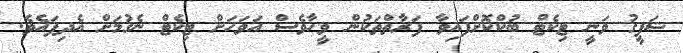
ޝަފީގު ވަނީ ޓިކެޓް ބުކްކޮށްފައިވާ ފަރާތްތަކުން ވީހާވެސް އަވަހަށް ޓިކެޓް ނެގުމަށް އެދިފައެވެ.